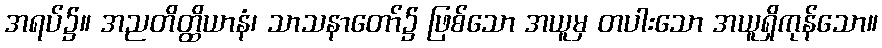
အရပ်၌။ အညတိတ္ထိယာနံ၊ သာသနာတော်၌ ဖြစ်သော အယူမှ တပါးသော အယူရှိကုန်သော။